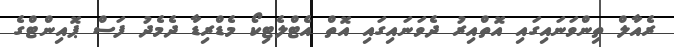
ރެއާލް ތިންވަނައިގައި އޮތްއިރު ދެވަނައިގައި އޮތް އެޓްލެޓިކޯ މެޑްރިޑާ ދެމެދު ފަސް ޕޮއިންޓްގެ